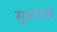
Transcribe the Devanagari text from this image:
सूडगाड